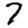
Digit: 7